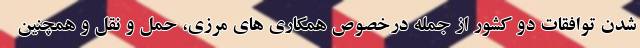
شدن توافقات دو کشور از جمله درخصوص همکاری های مرزی، حمل و نقل و همچنین